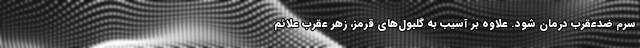
سرم ضدعقرب درمان شود. علاوه بر آسیب به گلبول‌های قرمز، زهر عقرب علائم